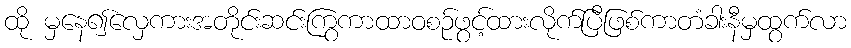
ထို မှနေ၍လှေကားအတိုင်းဆင်းကြွကာထာဝစဉ်ဖွင့်ထားလိုက်ပြီဖြစ်ကာတံခါးနီမှထွက်လာ